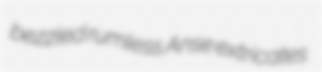
bezzled rumless Anse extricates